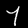
Digit: 7